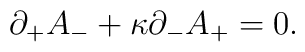
\partial _{+}A_{-}+\kappa \partial _{-}A_{+}=0.